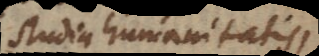
studia humanitatis,